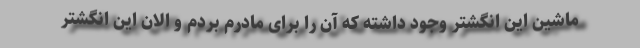
ماشین این انگشتر وجود داشته که آن را برای مادرم بردم و الان این انگشتر